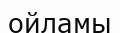
ойламы